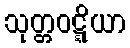
သုတ္တဝဋ္ဋိယာ